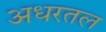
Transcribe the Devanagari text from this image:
अधरतल